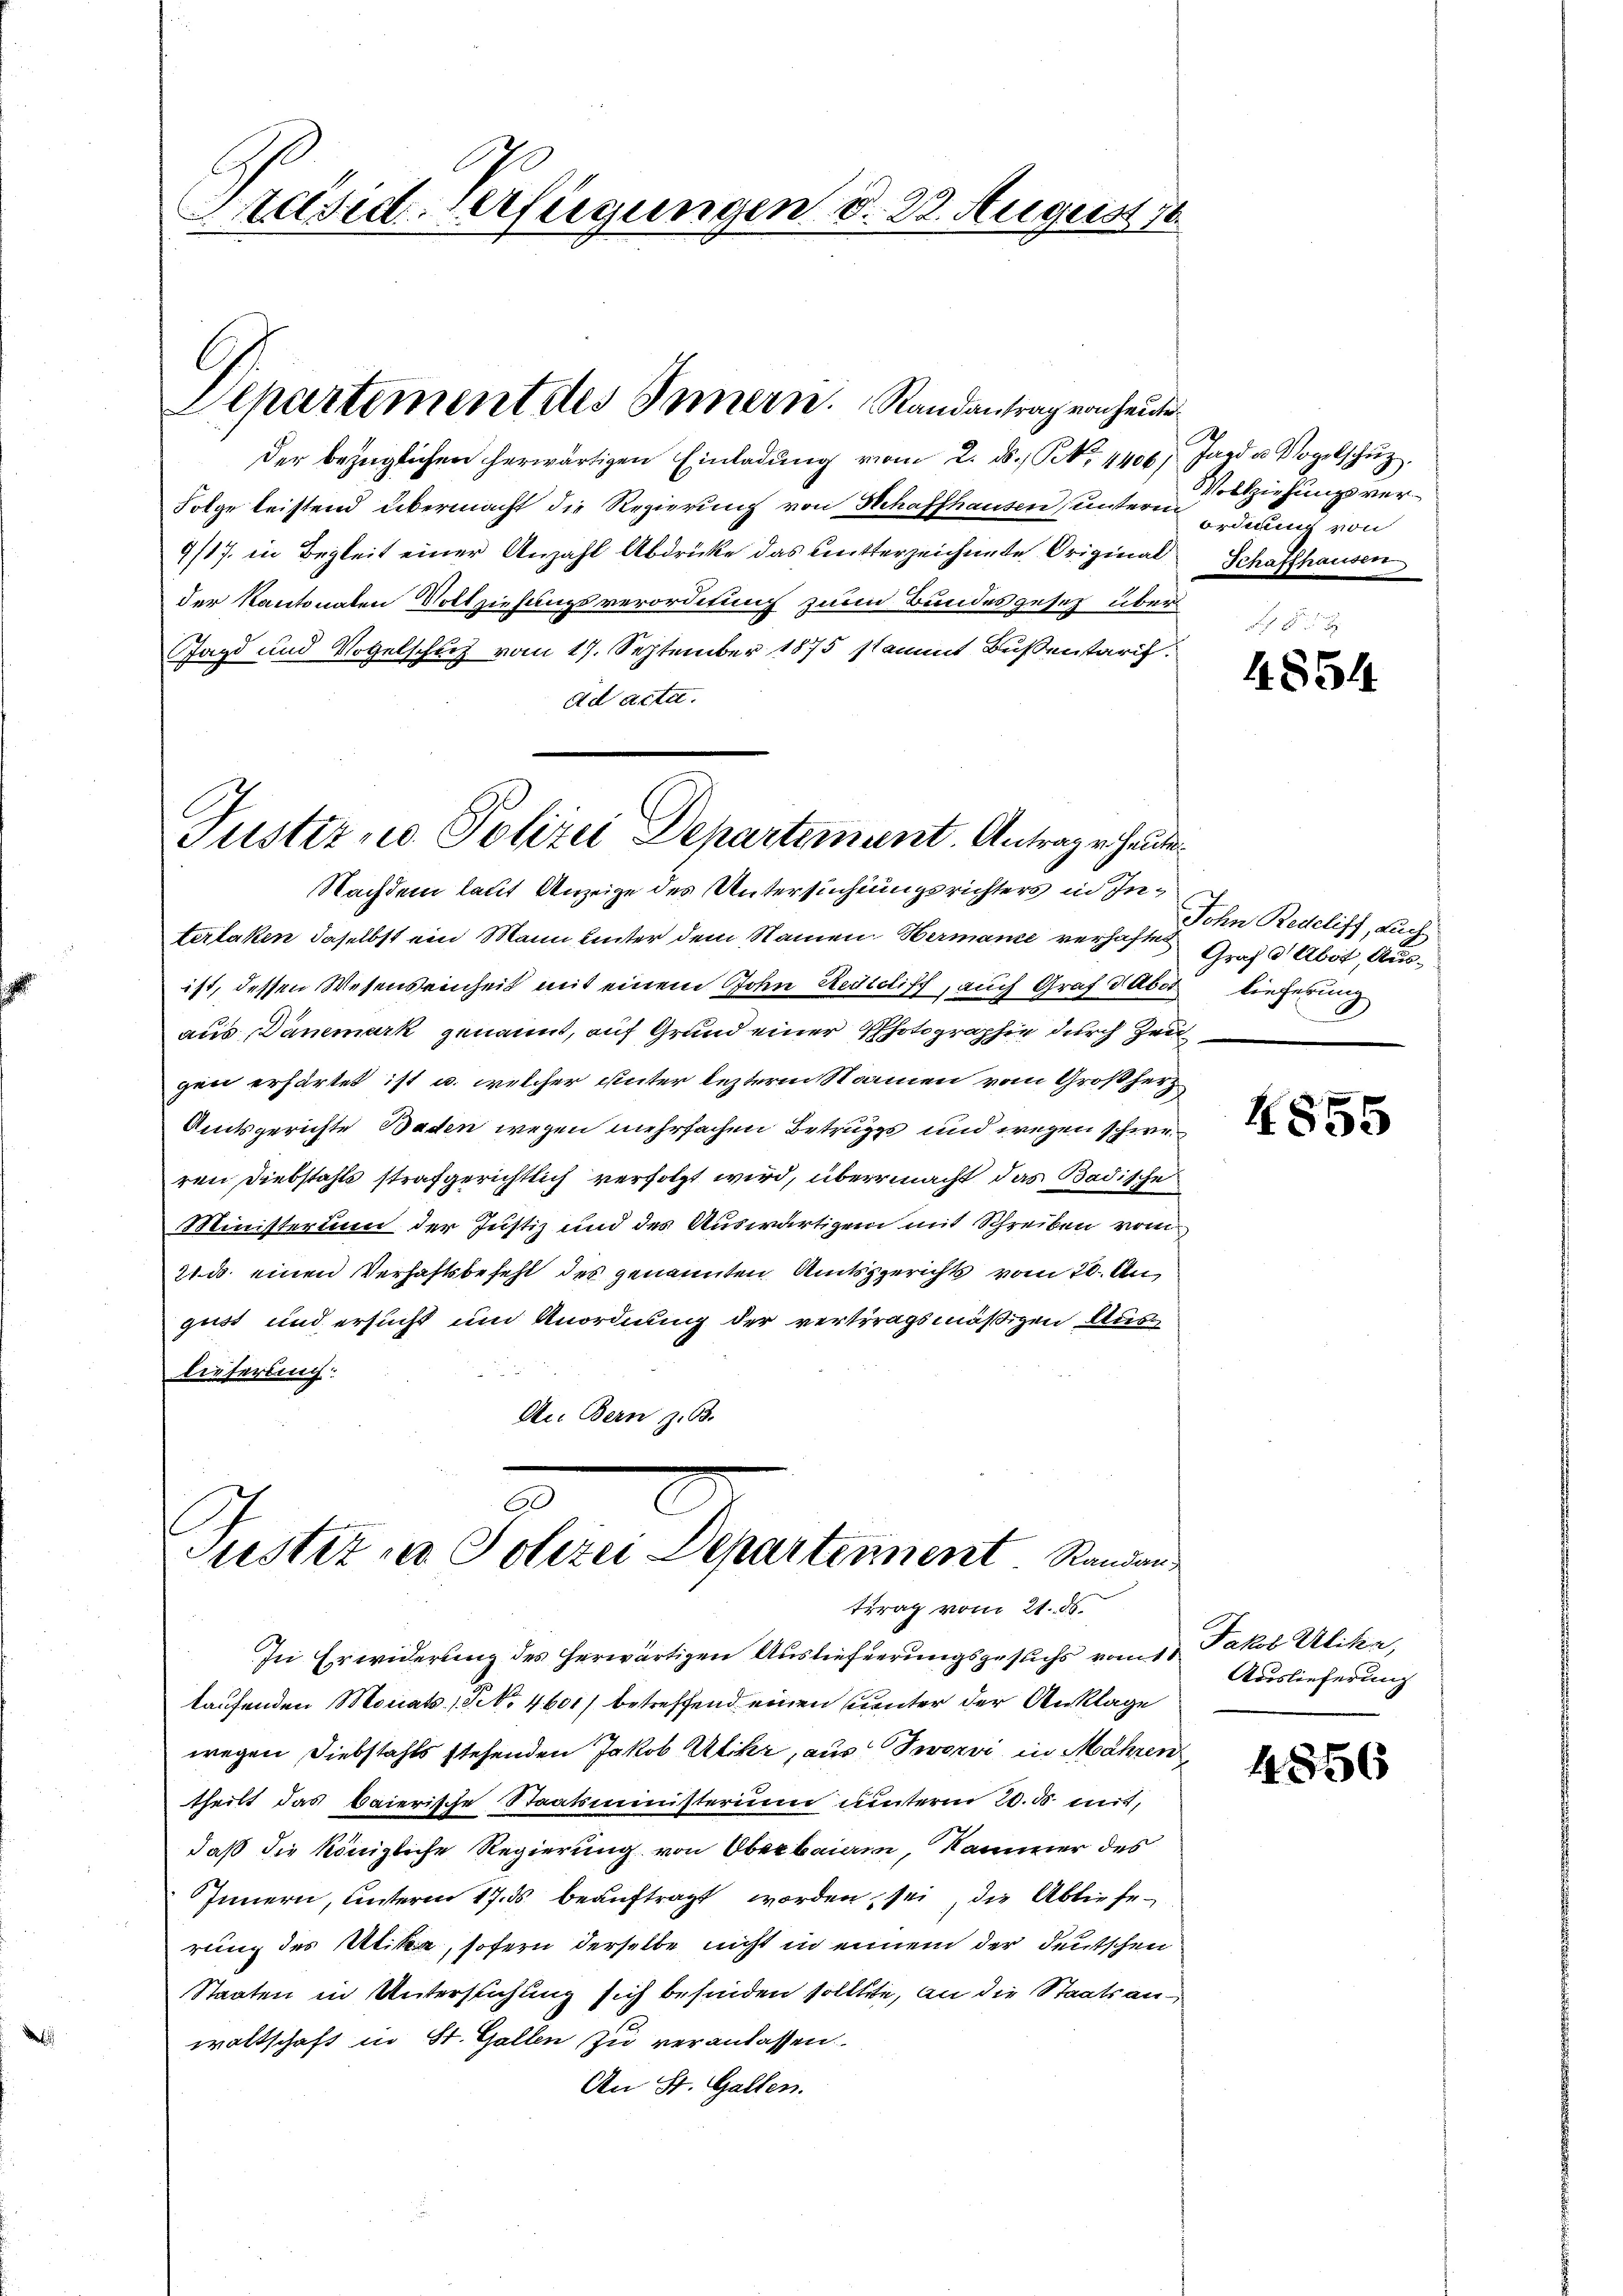
Präsid. Verfügungen d. 22. August 18

Departement des Innern. Randantrag von heute

der bezüglichen herwärtigen Einladŭng vom 2. ds. No. 4400, Jagd u. Vogelschŭz
Folge leistend übermacht die Regierung von Schaffhausen untern das von
9/17 in Begleit einer Anzahl Abdrücke das mutterzeichnete Original Schaffhausen
der Kantonalen Vollziehungsverordnung zum Bundesgesetz über¬
Jagd und Vogelschuß vom 17. September 1875 stammt Busentarif
Ad acta.

Nachdem laut Anzeige des Untersuchtungsrichters in Interlaken daselbst ein Mann unter dem Namen Hermanne verhaften
ist, dessen Wesenseinheit mit einem John Redicliff, auch Graf dabei lieferung
aus, Dänemark genannt, auf Grund einer Photographie durch Zeit
gen erhärtet ist u. welcher unter lezterm Namen vom Großherz
Amtsgerichte Baden wegen mehrfachen Betrugs und wegen schweren Diebstahls strafgerichtlich verfolgt wird, übermacht das Badische
Ministerium der Justiz und des Auswärtigen mit Schreiben vom
21. d. einen Verhaftsbefehl des genannten Amtsgerichts vom 20. Au
gust und ersucht um Anordnung der vertragsmäßigen Auslieferung:
An Bern z. 63.

Justiz - Polizei Departement. Antrage heute

Justiz u. Polizei Departennent Randan
ttrag vom 21. 86.

In Erwiderung des herwärtigen Auslieferungsgesuchs vom 1. Jakob Alike,
laufenden Moriats (Frk. 4601/ betreffend einen unter der Anklage
wegen Diebstahls stehenden Jakob Utikr, aus Servi in Mähren
theilt das baierische Staatsministerium unterm 20. ds mit,
daß die königliche Regierung von Oberbaiam, Kammer des
Innern, unterm 17. ds. beauftragt worden sei, die Ablieferung des Utik, sofern derselbe nicht in einem der deutschen
Staaten in Untersuchung sich befinden solltete, an die Staatsanwaltschaft in St. Gallen zu veranlassen.
An St. Gallen.

Vollziehungsver¬

S
4854

John Redelisch, auch
Graf dAbot, Aus¬

4855

Auslieferung

4866